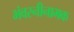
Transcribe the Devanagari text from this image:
भंवरनीनामक